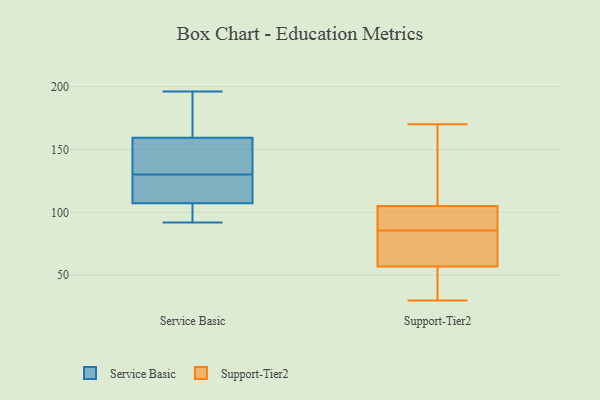
{"axis": {"x": "Temperature (°C)", "y": "Value"}, "legend": ["Service Basic", "Support-Tier2"], "data": [{"x": "", "y": 111, "type": "Service Basic"}, {"x": "", "y": 196, "type": "Service Basic"}, {"x": "", "y": 106, "type": "Service Basic"}, {"x": "", "y": 160, "type": "Service Basic"}, {"x": "", "y": 142, "type": "Service Basic"}, {"x": "", "y": 92, "type": "Service Basic"}, {"x": "", "y": 130, "type": "Service Basic"}, {"x": "", "y": 100, "type": "Service Basic"}, {"x": "", "y": 157, "type": "Service Basic"}, {"x": "", "y": 172, "type": "Service Basic"}, {"x": "", "y": 114, "type": "Service Basic"}, {"x": "", "y": 115, "type": "Support-Tier2"}, {"x": "", "y": 105, "type": "Support-Tier2"}, {"x": "", "y": 57, "type": "Support-Tier2"}, {"x": "", "y": 104, "type": "Support-Tier2"}, {"x": "", "y": 52, "type": "Support-Tier2"}, {"x": "", "y": 170, "type": "Support-Tier2"}, {"x": "", "y": 89, "type": "Support-Tier2"}, {"x": "", "y": 81, "type": "Support-Tier2"}, {"x": "", "y": 30, "type": "Support-Tier2"}, {"x": "", "y": 82, "type": "Support-Tier2"}]}